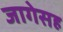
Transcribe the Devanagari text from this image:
जागेसह